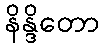
နိန္ဒိတော